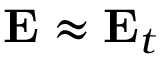
\mathbf { E } \approx \mathbf { E } _ { t }